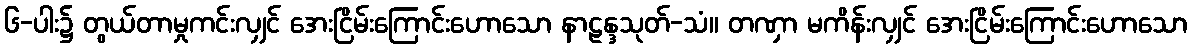
၆-ပါး၌ တွယ်တာမှုကင်းလျှင် အေးငြိမ်းကြောင်းဟောသော နာဠန္ဒသုတ်-သံ။ တဏှာ မကိန်းလျှင် အေးငြိမ်းကြောင်းဟောသော